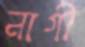
নাগী